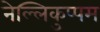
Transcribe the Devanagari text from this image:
नेल्लिकुप्पम